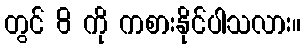
တွင် 8 ကို ကစားနိုင်ပါသလား။